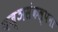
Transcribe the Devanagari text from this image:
यज्ञसंकल्पना